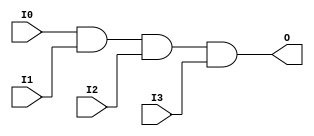
// $Header: /devl/xcs/repo/env/Databases/CAEInterfaces/verunilibs/s/AND4.v,v 1.8.22.1 2003/11/18 20:41:33 wloo Exp $

/*

FUNCTION	: 4-INPUT AND GATE

*/

`timescale  100 ps / 10 ps


module AND4 (O, I0, I1, I2, I3);

    output O;

    input  I0, I1, I2, I3;

    and A1 (O, I0, I1, I2, I3);

    specify
	(I0 *> O) = (0, 0);
	(I1 *> O) = (0, 0);
	(I2 *> O) = (0, 0);
	(I3 *> O) = (0, 0);
    endspecify

endmodule